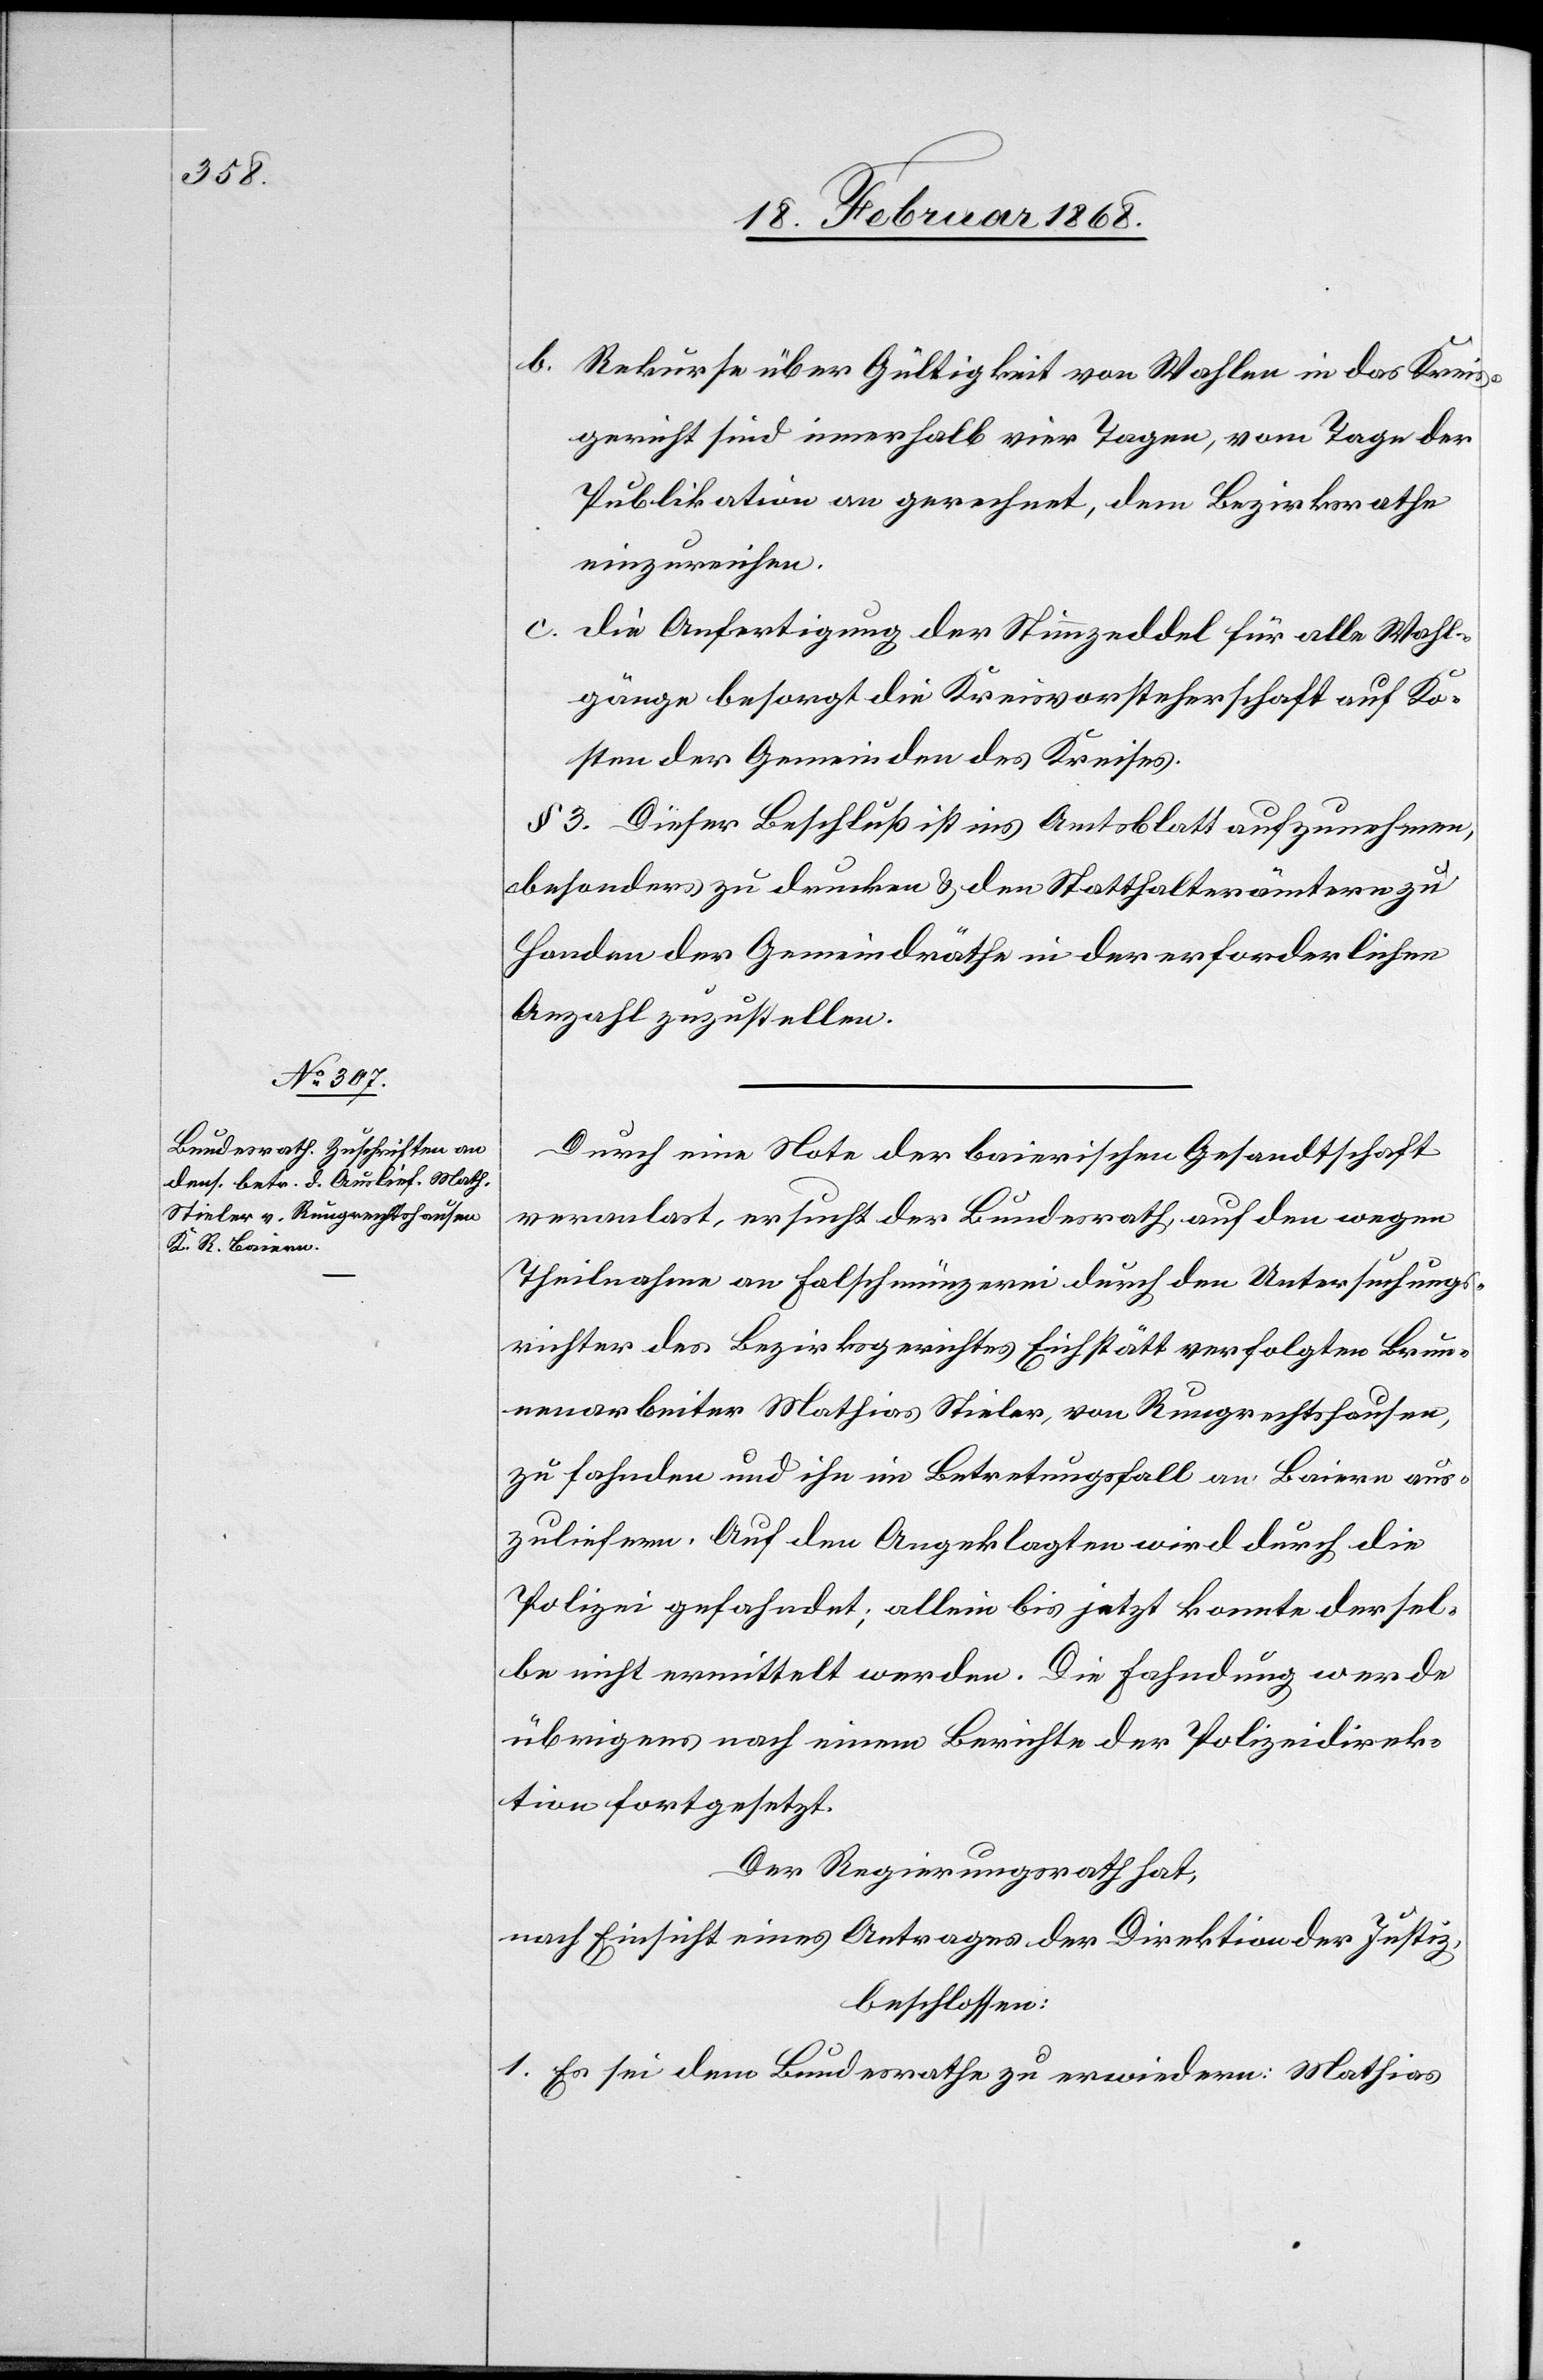
Rekurse über Gültigkeit von Wahlen in das Kreis¬
gericht sind innerhalb vier Tagen, vom Tage der
Publikation an gerechnet, dem Bezirksrathe
einzureichen.
c.
Die Anfertigung der Stimmzeddel für alle Wahl¬
gänge besorgt die Kreisvorsteherschaft auf Ko¬
sten der Gemeinden des Kreises.
§ 3. Dieser Beschluß ist ins Amtsblatt aufzunehmen,
besonders zu drucken & den Statthalterämtern zu
Handen der Gemeindräthe in der erforderlichen
Anzahl zuzustellen.
Durch eine Note der baierischen Gesandtschaft
veranlas[s]t, ersucht der Bundesrath, auf den wegen
Theilnahme an Falschmünzerei durch den Untersuchungs¬
richter des Bezirksgerichtes Eichstätt verfolgten Brun¬
nenarbeiter Mathias Stieler, von Rungrechtshausen,
zu fahnden und ihn im Betretungsfall an Baiern aus¬
zuliefern. Auf den Angeklagten wird durch die
Polizei gefahndet; allein bis jetzt konnte dersel¬
be nicht ermittelt werden. Die Fahndung werde
übrigens nach einem Berichte der Polizeidirek¬
tion fortgesetzt.
Der Regierungsrath hat,
nach Einsicht eines Antrages der Direktion der Justiz,
beschlossen:
1. Es sei dem Bundesrathe zu erwiedern: Mathias